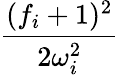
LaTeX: \frac{(f_{i}+1)^{2}}{2\omega_{i}^{2}}